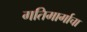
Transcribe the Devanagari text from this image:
गतिमार्गाचा